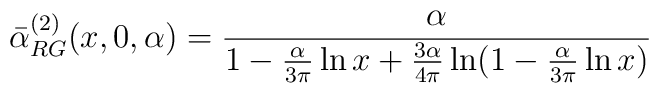
\bar\alpha^{(2)}_{RG}(x,0,\alpha)=\frac{\alpha}{1-\frac{\alpha}{3\pi}\ln x+\frac{3\alpha}{4\pi}\ln(1-\frac{\alpha}{3\pi}\ln x)}